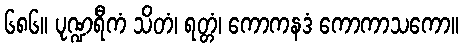
၆၈၆။ ပုဏ္ဍရီကံ သိတံ၊ ရတ္တံ၊ ကောကနဒံ ကောကာသကော။